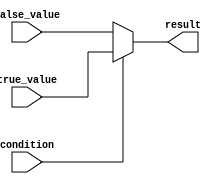
module conditional_operator (
    input wire condition,
    input wire true_value,
    input wire false_value,
    output reg result
);

always @(*) begin
    result = condition ? true_value : false_value;
end

endmodule